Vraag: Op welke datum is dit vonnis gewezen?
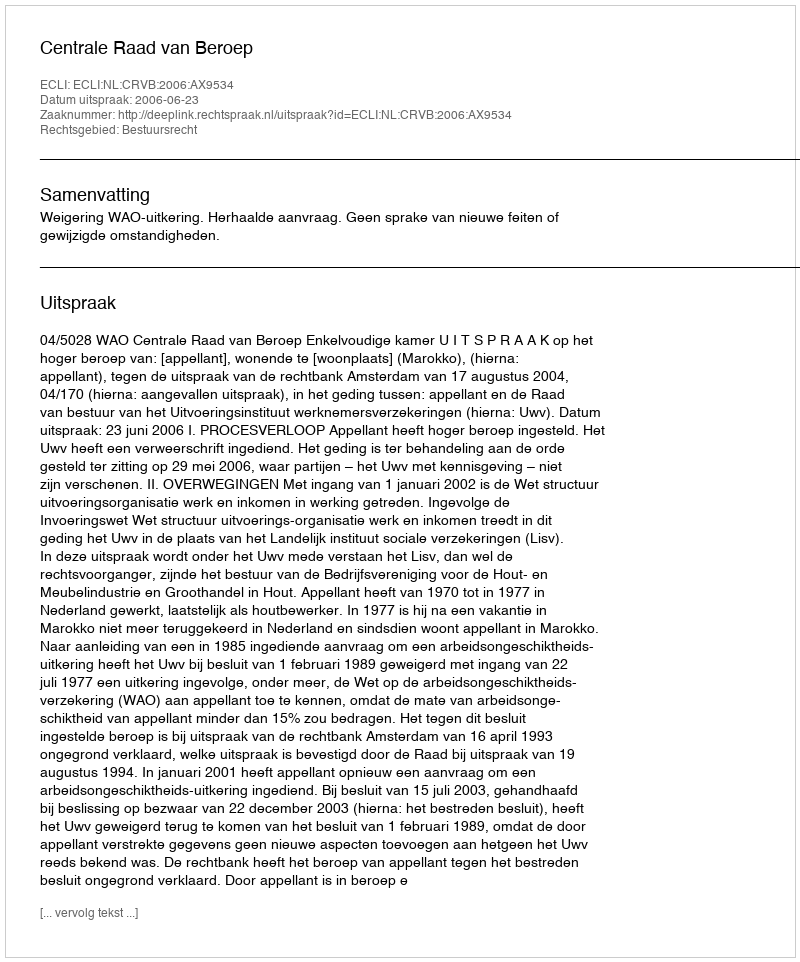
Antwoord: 2006-06-23